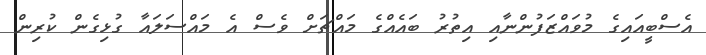
އެސްބީއައިގެ މުވައްޒަފުންނާއި އިތުރު ބައެއްގެ މައްޗަށް ވެސް އެ މައްސަލައާ ގުޅިގެން ކުރިން